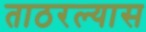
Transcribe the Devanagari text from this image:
ताठरल्यास